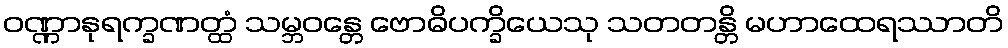
ဝဏ္ဏာနုရက္ခဏတ္ထံ သမ္ဘဝန္တေ ဗောဓိပက္ခိယေသု သတတန္တိ မဟာထေရဿာတိ